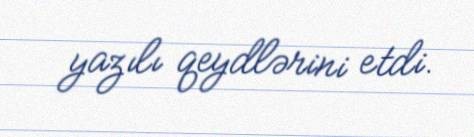
yazılı qeydlərini etdi.